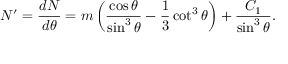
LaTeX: N ^ { \prime } = \frac { d N } { d \theta } = m \left( \frac { \cos \theta } { \sin ^ { 3 } \theta } - \frac 1 3 \cot ^ { 3 } \theta \right) + \frac { C _ { 1 } } { \sin ^ { 3 } \theta } .